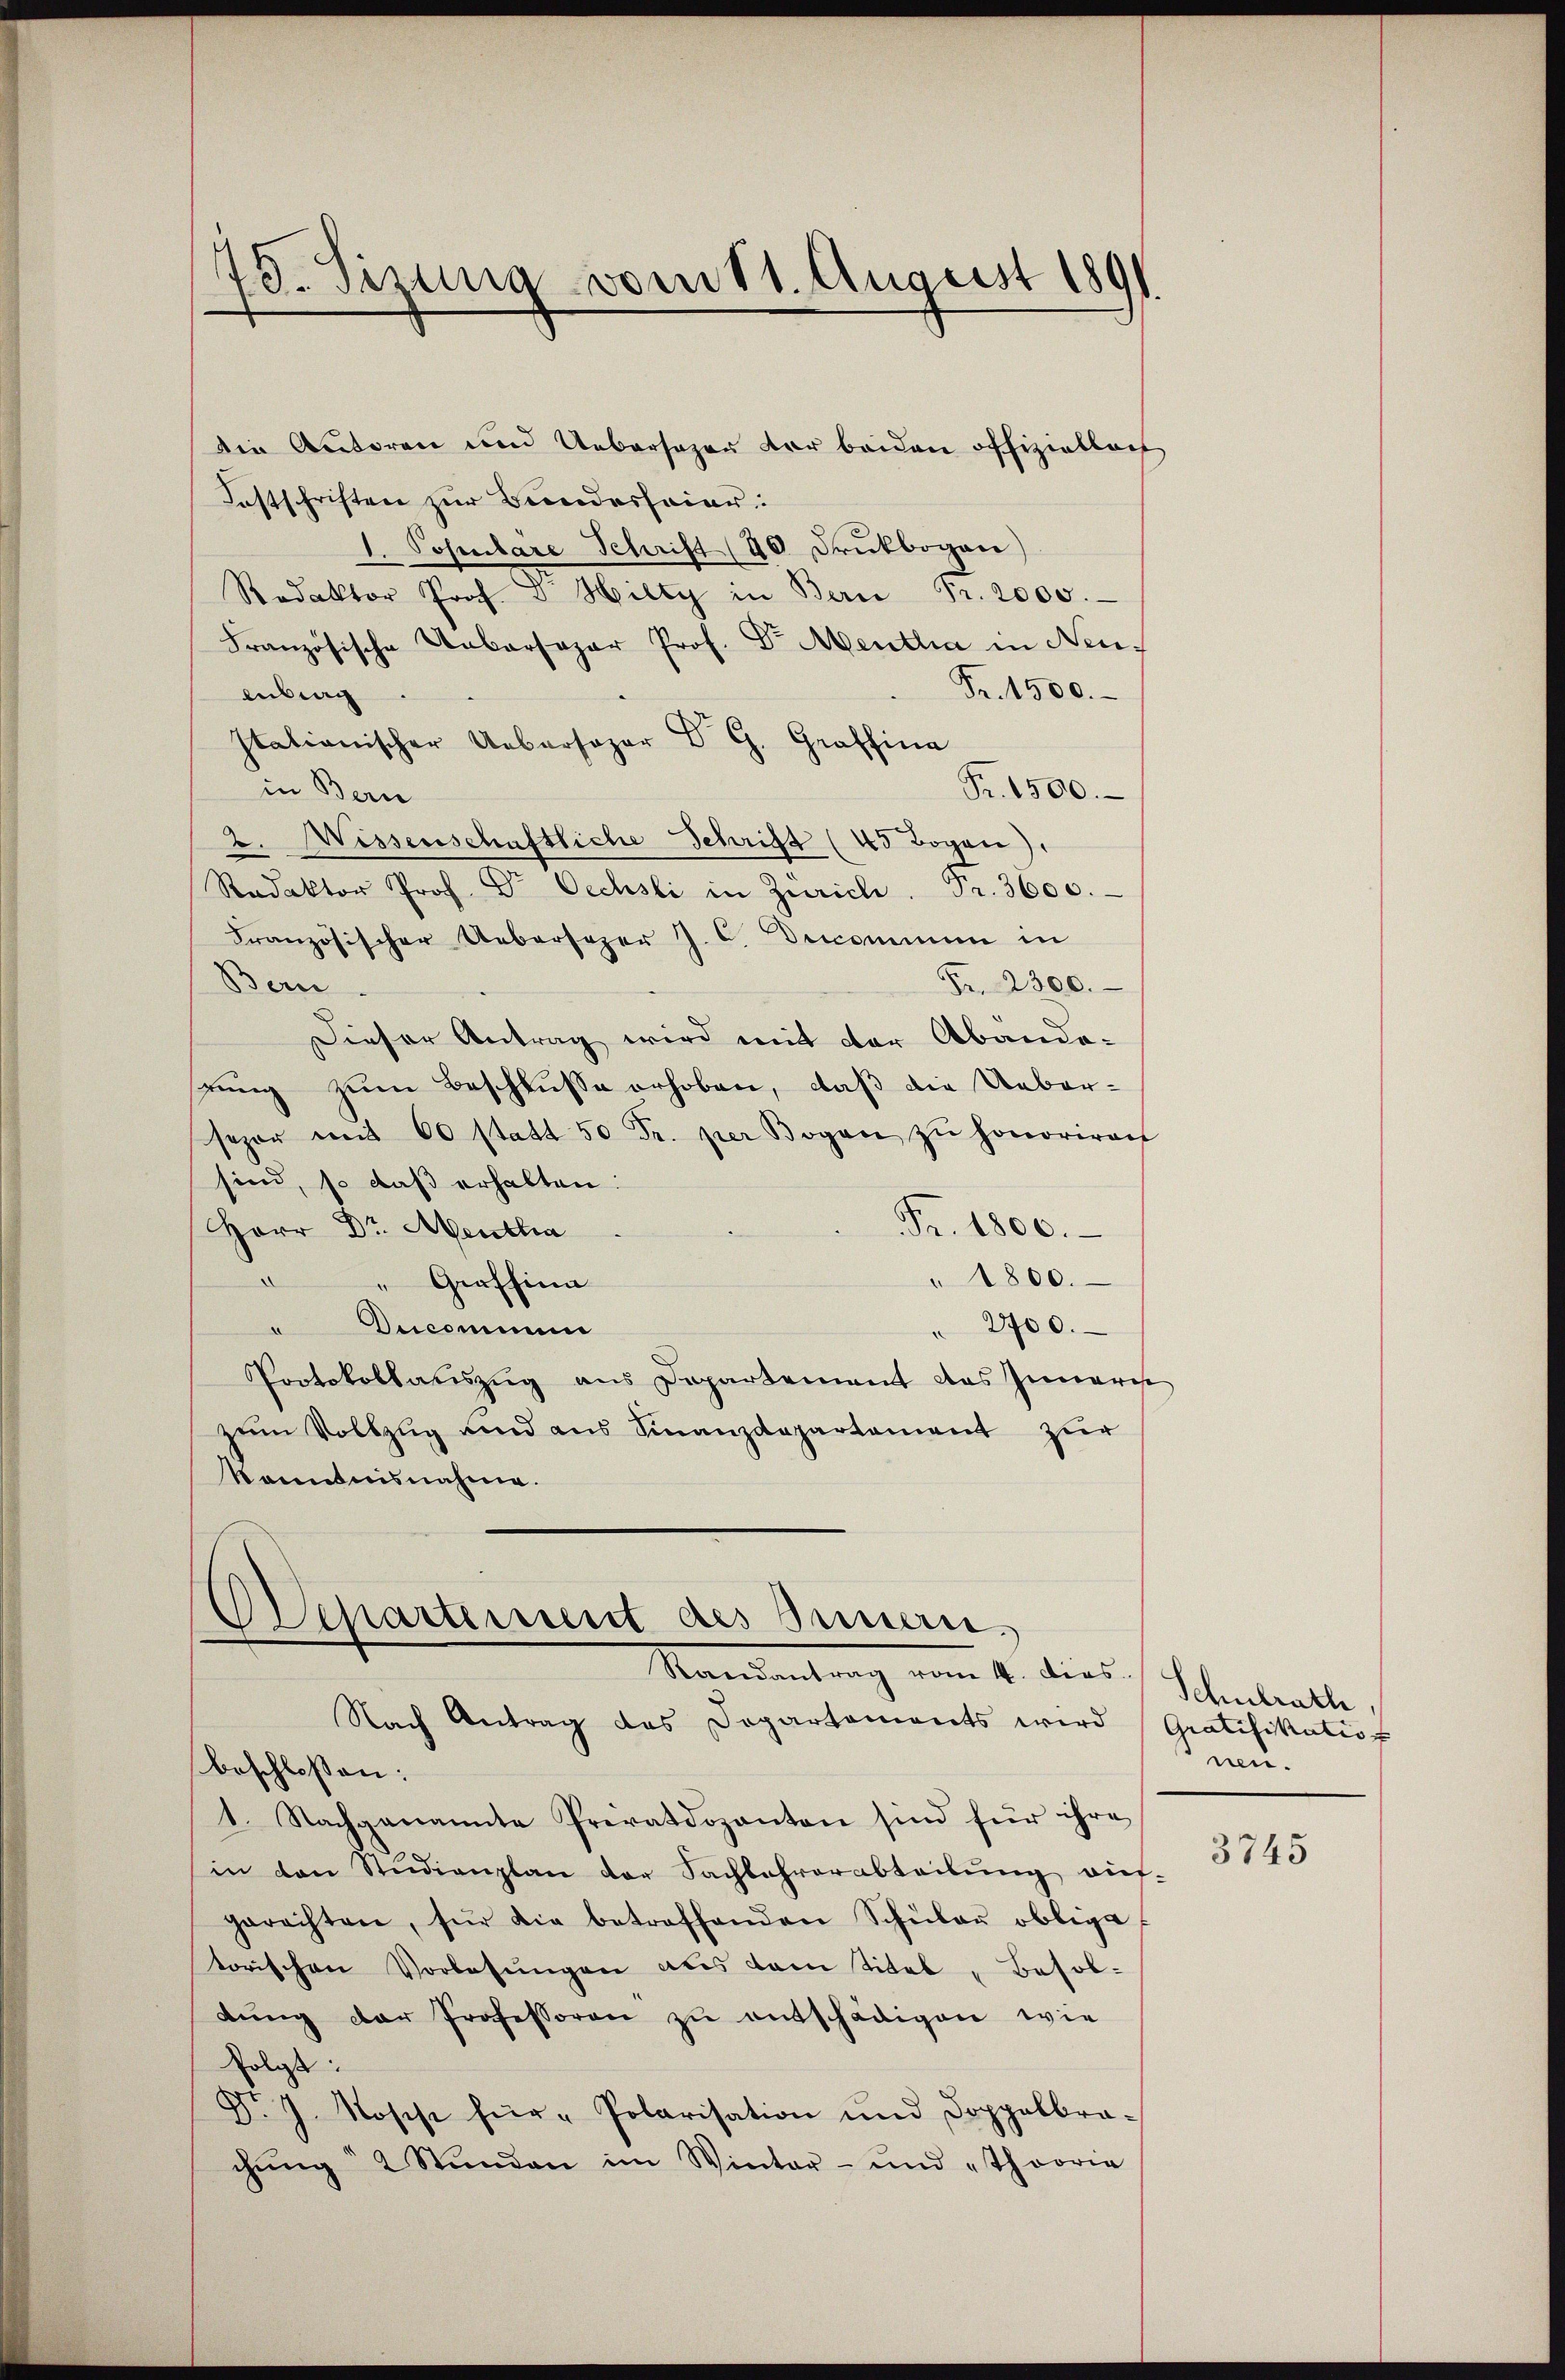
die Autoren und Uebersagen der beiden offiziellect
Festschriften zur Bundeshaiar:
1. Sohnbare Schrift (40 Druckbogen)
Redaktor Prof. u. Hilty in Bern Fr. 2000.
Französische Ueberspar Prof. Dr. Mentha in Neu¬
Fr. 1500.
enberg
Itationischer Ueberspar Dr G. Graffina
Pr. 1500.
in Bern
2. Wissenschaftliche Schrift (45 Bogen).
Redaktor Prof. Dr Oechsli in Zürich. Fr. 3600.
Französischer Uebersezer J. C. Decommen in
Bern.
Fr. 2300.
Dieser Antrag wird mit der Abänderung zum Beschlusse erhoben, daß die Ueber-
sepor mit 60 statt 50 Fr. per Bogen zŭ honoriren
sind, so daß erhalten.
Fr. 1800.
Herr Dr. Mentha
" 1800.
" Grafsinn
" Decommun
" 2700.
Protokollauszug aus Departement des Innere
zum Vollzug und aus Finanzdepartement zur
kanntnisnahme.

78. Sizung vom 11. August 1891

Separtement des Innen.
Mandantung vom 14. dies

Nach Antrag des Departaments wird Gratifikation
beschlossen:
1. Nachganannte Privatdozanton sind für ihre
in den Studienplan der Sachlehrerabteilung auf-
gerachten, für die betreffenden Schŭlaŭ obliga
torischen Vorlesungen als dem titel " Besoldŭng der Professoren zu entschädigen, wie
folgt:
Nr. 7. Rosse für "Polarisation und Doppelbra-
chŭng 2 Stŭnden im Winter- und „Theorie

Schulrath
nn.

3745